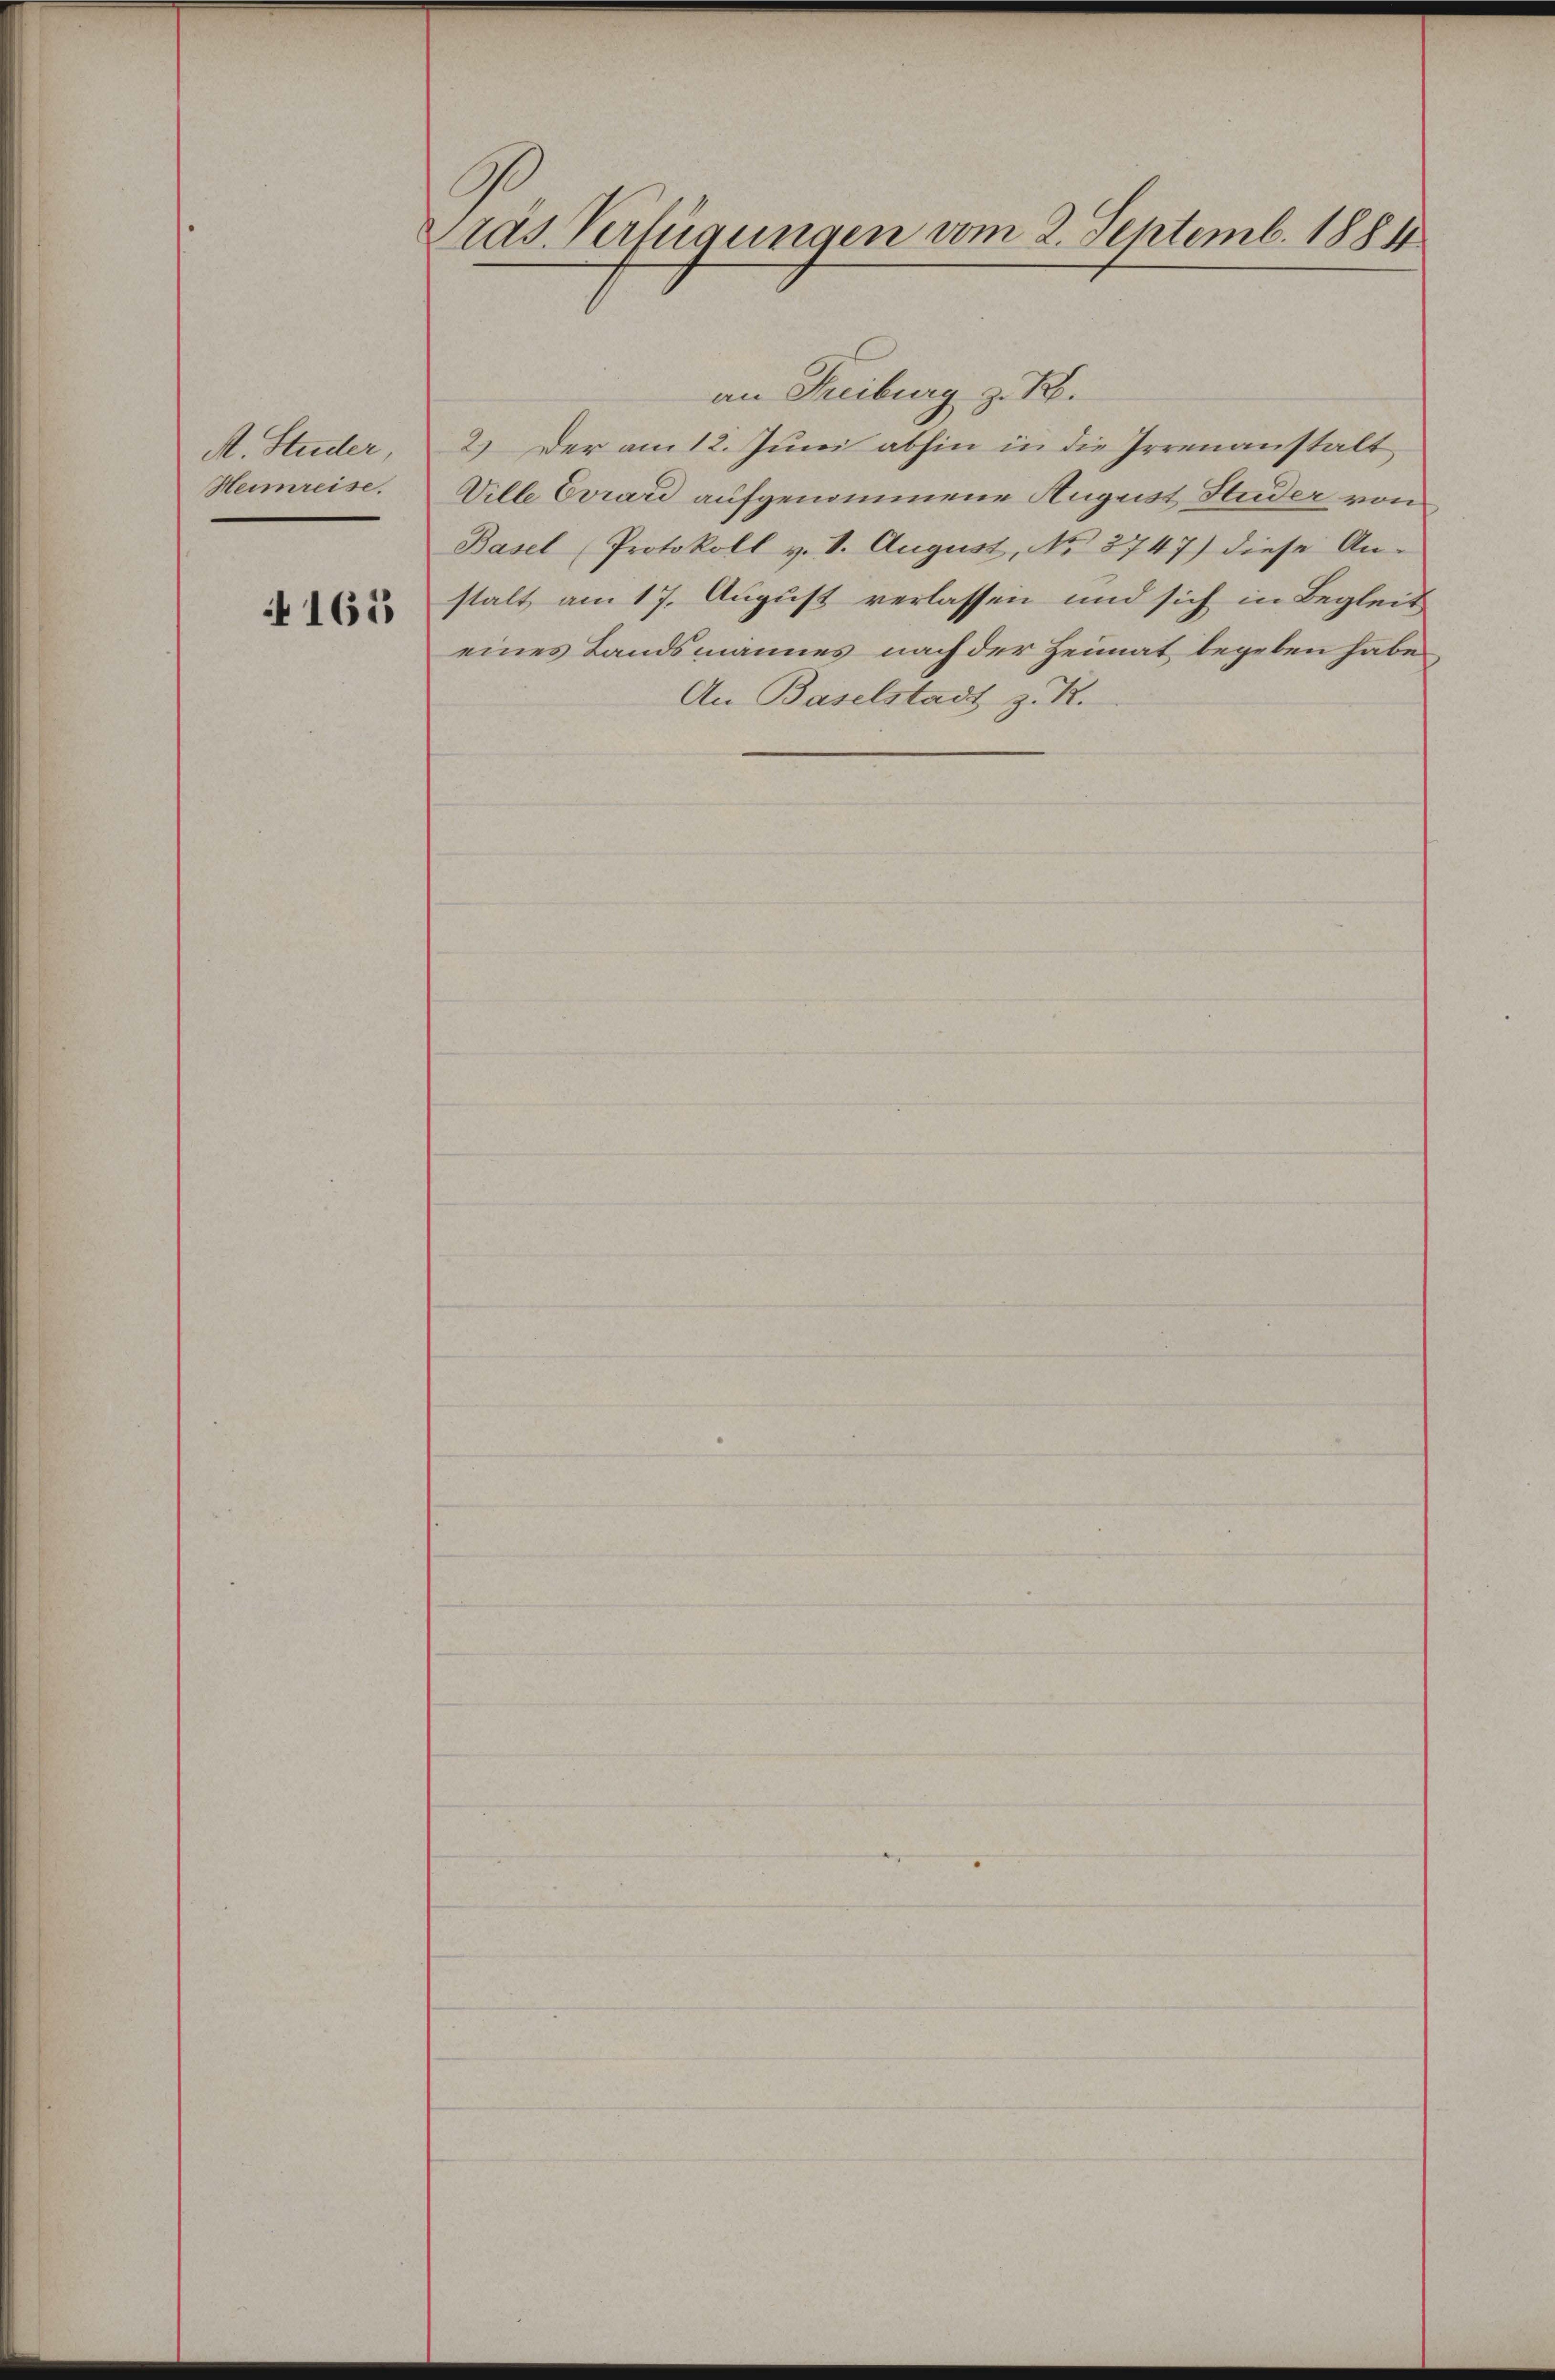
A. Studer,
Heimreise.

4165

ras. Verfügungen vom 2. Septemb. 1884

an Freiburg z. B.
2.) Der am 12. Juni abhin in die Irrenanstalt
Wille Evrard aufgenommene August Huder von
Basel Protokoll v. 1. August, No. 3747) diese An-
stalt am 17. August verlassen und sich in Begleit
eines Landsmannes nach der Heimat begeben habe,
An Baselstadt z. R.